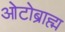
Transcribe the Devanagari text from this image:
ओटोब्राह्म